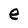
Character: e